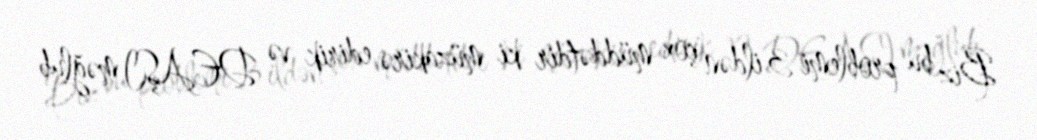
Biz bu problemi 3 ildən çox müddətdir ki müzakirə edirik və DEAŞI məğlub